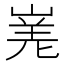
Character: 𭖾